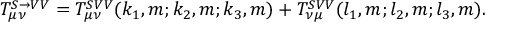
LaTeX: T _ { \mu \nu } ^ { S \rightarrow V V } = T _ { \mu \nu } ^ { S V V } ( k _ { 1 } , m ; k _ { 2 } , m ; k _ { 3 } , m ) + T _ { \nu \mu } ^ { S V V } ( l _ { 1 } , m ; l _ { 2 } , m ; l _ { 3 } , m ) .